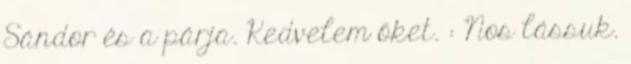
Sándor és a párja. Kedvelem őket. : Nos lássuk.